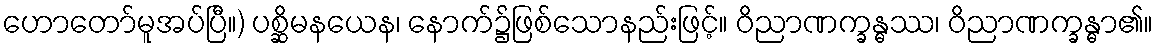
ဟောတော်မူအပ်ပြီ။) ပစ္ဆိမနယေန၊ နောက်၌ဖြစ်သောနည်းဖြင့်။ ဝိညာဏက္ခန္ဓဿ၊ ဝိညာဏက္ခန္ဓာ၏။